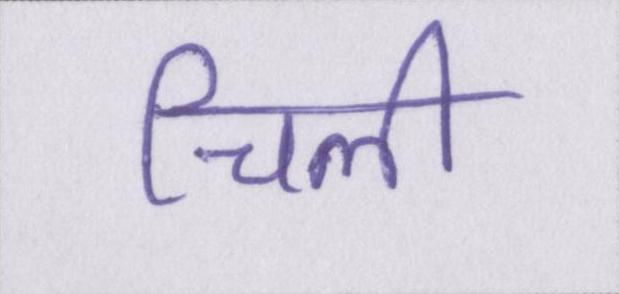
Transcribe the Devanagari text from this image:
चिली